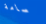
سامة